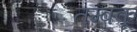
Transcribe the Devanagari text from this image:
तम्बकू